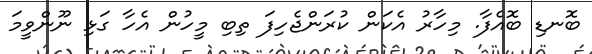
ބޮނޑި ބޮއެފާ. މިހާރު އެކަން ކުރަންޖެހިފަ ތިބި މީހުން އެހާ ގަޅި ނޫންވީމަ